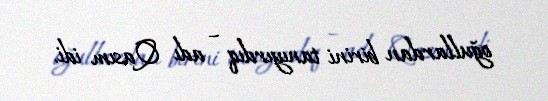
oğullardan birini tanıyırdıq – adı Qasım idi.